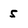
Character: 5